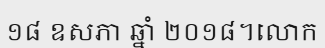
១៨ ឧសភា ឆ្នាំ ២០១៨។លោក